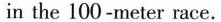
in the 100 -meter race.